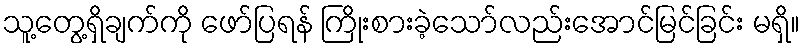
သူ့တွေ့ရှိချက်ကို ဖော်ပြရန် ကြိုးစားခဲ့သော်လည်းအောင်မြင်ခြင်း မရှိ။